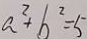
a ^ { 2 } + b ^ { 2 } = 5